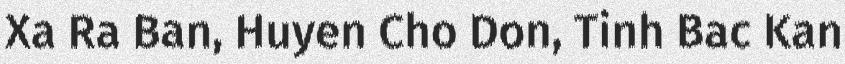
Xa Ra Ban, Huyen Cho Don, Tinh Bac Kan